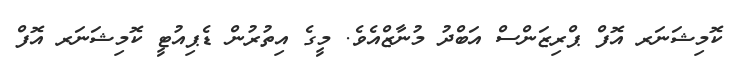
ކޮމިޝަނަރ އޮފް ޕްރިޒަންސް އަބްދު މުނާޒްއެވެ. މީގެ އިތުރުން ޑެޕިއުޓީ ކޮމިޝަނަރ އޮފް